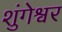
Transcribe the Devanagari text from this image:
शुंगेश्वर